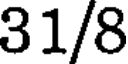
31/8